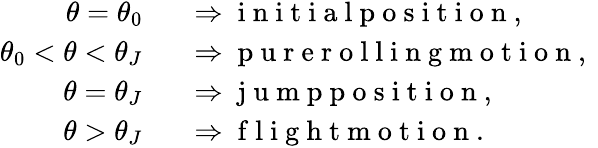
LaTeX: \begin{array}{rl}{\theta=\theta_{0}\; \; }&{{}\Rightarrow\mathrm{~i~n~i~t~i~a~l~p~o~s~i~t~i~o~n~,~}}\\ {\theta_{0}<\theta<\theta_{J}\; \; }&{{}\Rightarrow\mathrm{~p~u~r~e~r~o~l~l~i~n~g~m~o~t~i~o~n~,~}}\\ {\theta=\theta_{J}\; \; }&{{}\Rightarrow\mathrm{~j~u~m~p~p~o~s~i~t~i~o~n~,~}}\\ {\theta>\theta_{J}\; \; }&{{}\Rightarrow\mathrm{~f~l~i~g~h~t~m~o~t~i~o~n~.~}}\end{array}